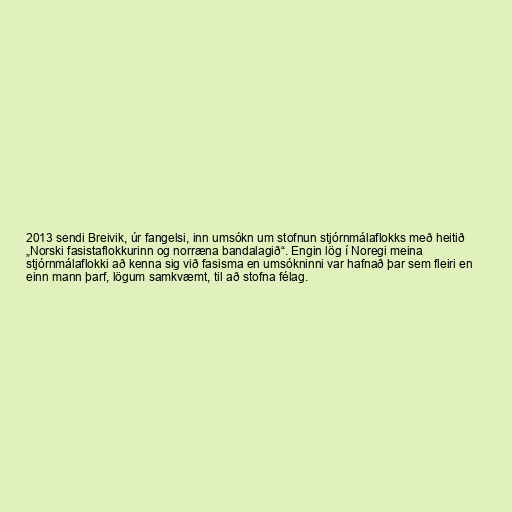
2013 sendi Breivik, úr fangelsi, inn umsókn um stofnun stjórnmálaflokks með heitið
„Norski fasistaflokkurinn og norræna bandalagið“. Engin lög í Noregi meina
stjórnmálaflokki að kenna sig við fasisma en umsókninni var hafnað þar sem fleiri en
einn mann þarf, lögum samkvæmt, til að stofna félag.